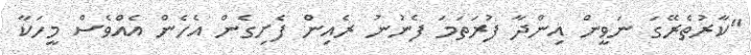
"ކާރުތެރޭގަ ނަވީން އިންދާ ފުރަތަމަ ފެނުނު ރެއިން ފެށިގެން އެހެން އެއްވެސް މީހަކާ